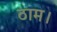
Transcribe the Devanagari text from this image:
ठाम।